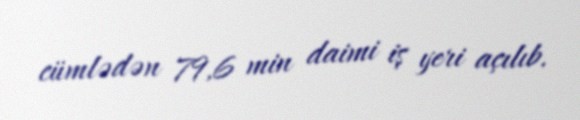
cümlədən 79,6 min daimi iş yeri açılıb.